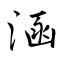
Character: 涵